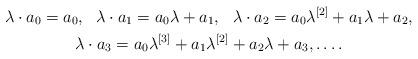
LaTeX: \begin{gather*}\lambda\cdot a_{0} = a_0,\ \ \lambda\cdot a_{1} = a_0\lambda +a_1,\ \ \lambda\cdot a_{2} = a_0\lambda^{[2]} +a_1\lambda +a_2,\\\lambda\cdot a_{3} = a_0\lambda^{[3]}+a_1\lambda^{[2] }+a_2\lambda+a_3,\ldots.\end{gather*}